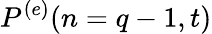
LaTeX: P^{(e)}(n=q-1,t)